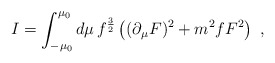
\begin{align*}I= \int^{\mu_0}_{-\mu_0} d\mu \, f^{{3\over 2}} \left((\partial_\mu F)^2 + {m^2 f} F^2 \right)\ ,\end{align*}